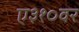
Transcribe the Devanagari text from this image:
ए३१०वर